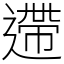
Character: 遰